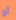
أو